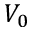
V _ { 0 }